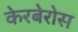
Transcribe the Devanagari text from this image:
केरबेरोस